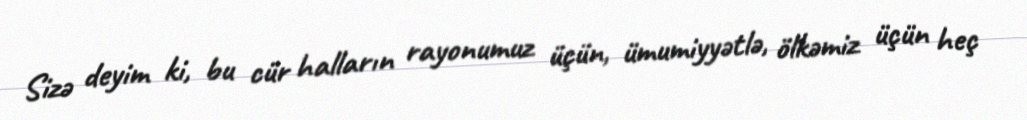
Sizə deyim ki, bu cür halların rayonumuz üçün, ümumiyyətlə, ölkəmiz üçün heç